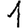
Digit: 1